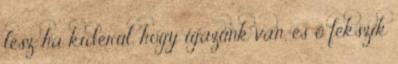
lesz, ha kiderül, hogy igazunk van, és ő fekszik